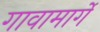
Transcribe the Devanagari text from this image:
गावामार्गे